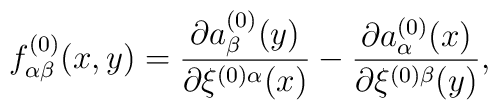
f^{(0)}_{\alpha\beta} (x,y) = \frac{\partial a^{(0)}_\beta(y)}             {\partial\xi^{(0)\alpha}(x)} -         \frac{\partial a^{(0)}_\alpha(x)}{\partial \xi^{(0)\beta}(y)},